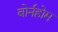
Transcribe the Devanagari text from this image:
बोर्नहोम